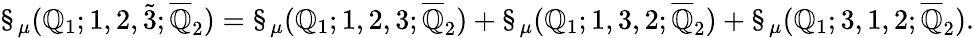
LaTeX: \S_{\mu}(\mathbb{Q}_{1};1,2,\tilde{{3}};\overline{{{{\mathbb{Q}}}}}_{2})=\S_{\mu}(\mathbb{Q}_{1};1,2,3;\overline{{{{\mathbb{Q}}}}}_{2})+\S_{\mu}(\mathbb{Q}_{1};1,3,2;\overline{{{{\mathbb{Q}}}}}_{2})+\S_{\mu}(\mathbb{Q}_{1};3,1,2;\overline{{{{\mathbb{Q}}}}}_{2}).